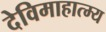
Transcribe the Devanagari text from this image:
देविमाहात्म्य